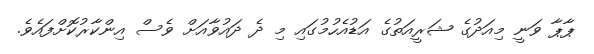
ޕާޕާ ވަނީ މިއަދުގެ ޝަރީއަތުގެ އަޑުއެހުމުގައި މި ދެ ދައުވާއަށް ވެސް އިންކާރުކޮށްފައެވެ.